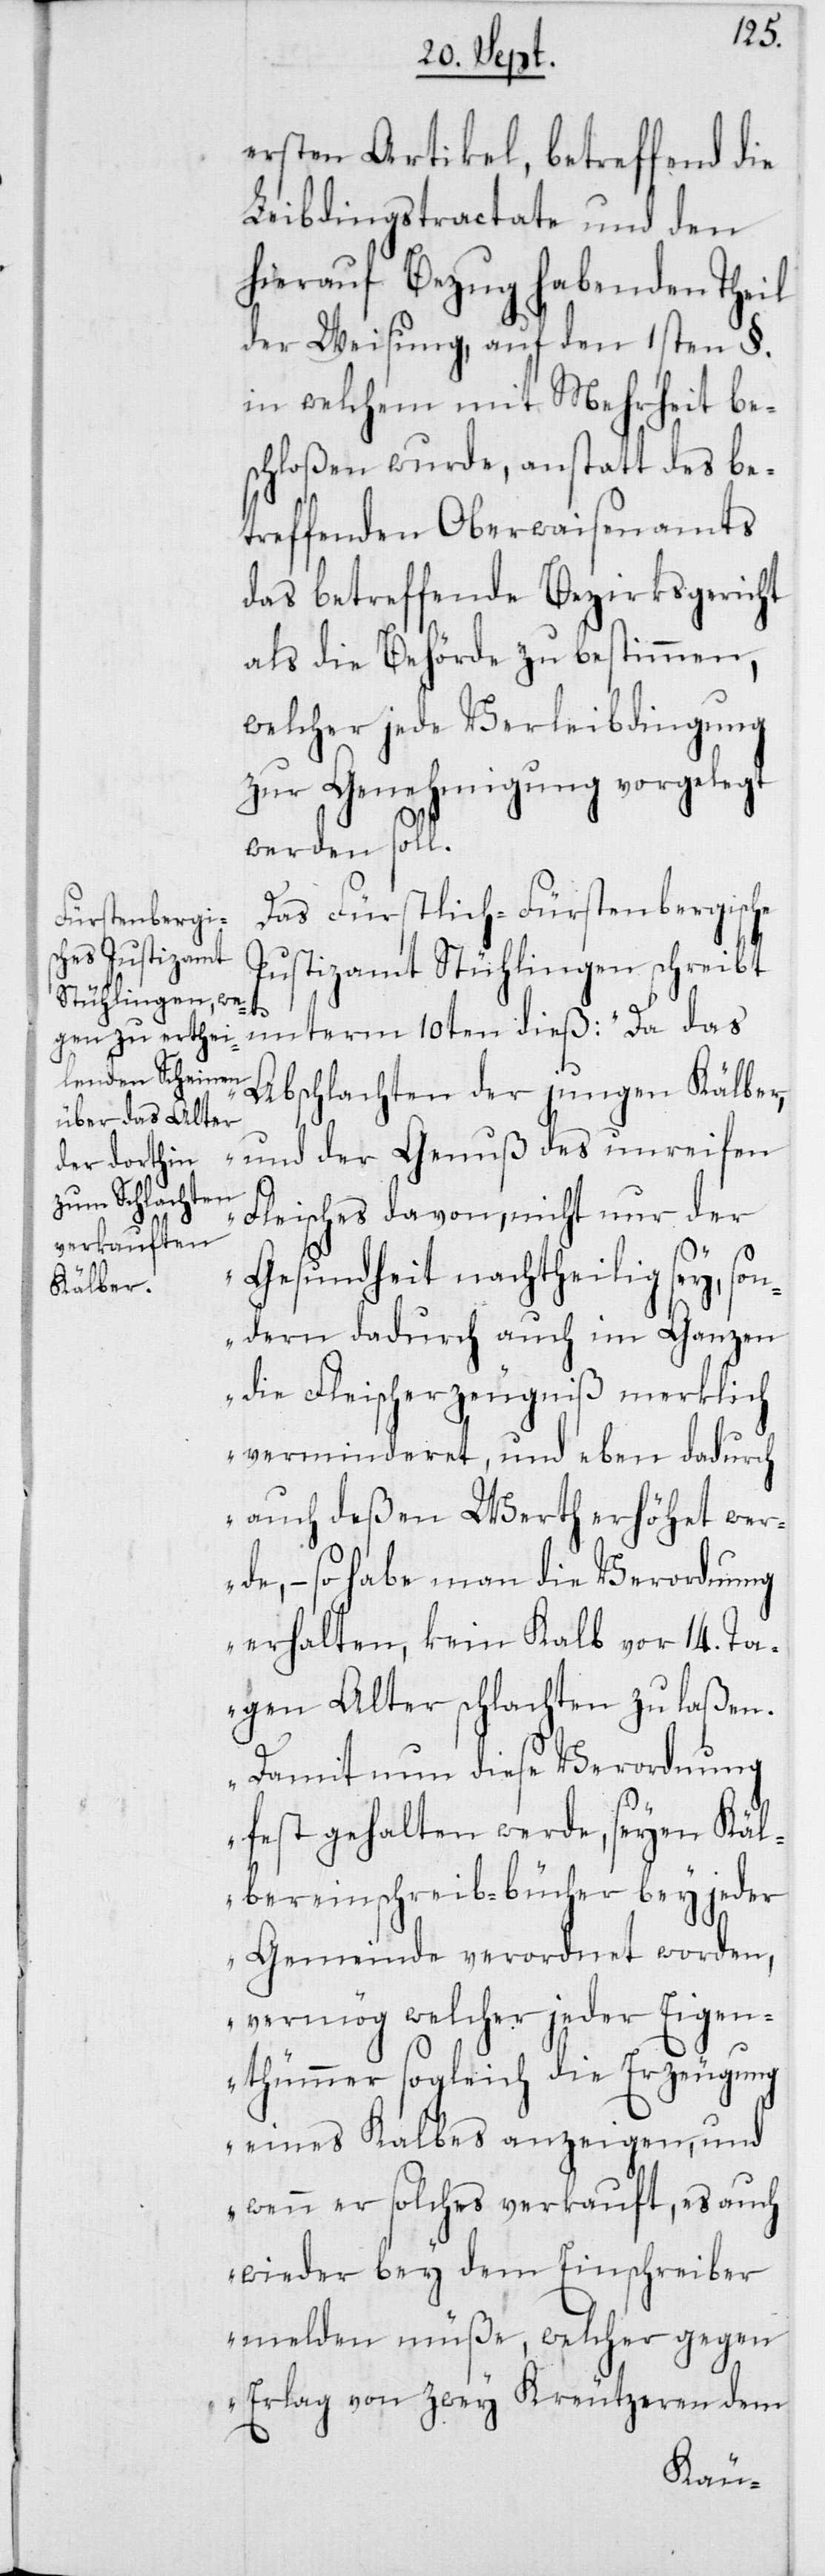
ersten Artikel, betreffend die
Leibdingstractate und den
hierauf Bezug habenden Theil
der Weisung, auf den 1sten §.
in welchem mit Mehrheit be¬
schloßen wurde, anstatt des be¬
treffenden Oberwaisenamts
das betreffende Bezirksgericht
als die Behörde zu bestimmen,
welcher jede Verleibdingung
zur Genehmigung vorgelegt
werden soll.
Das Fürstlich-Fürstenbergische
Justizamt Stühlingen schreibt
unterm 10ten dieß: „Da das
Abschlachten der jungen Kälber,
und der Genuß des unreifen
Fleisches davon, nicht nur der
Gesundheit nachtheilig sey, so¬
ndern dadurch auch im Ganzen
die Fleischerzeugniß merklich
verminderet, und eben dadurch
auch deßen Werth erhöhet wer¬
de, – so habe man die Verordnung
erhalten, kein Kalb vor 14. Ta¬
gen Alter schlachten zu laßen.
Damit nun diese Verordnung
festgehalten werde, seyen Käl¬
ber-Einschreib-bücher bey jeder
Gemeinde verordnet worden,
vermög welcher jeder Eigen¬
thümmer sogleich die Erzeugung
eines Kalbes anzeigen, und
wenn er solches verkauft, es auch
wieder bey dem Einschreiber
melden müße, welcher gegen
Erlag von zwey Kreutzeren dem